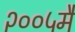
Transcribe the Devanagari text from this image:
२००५मै